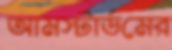
আমস্টার্ডমের